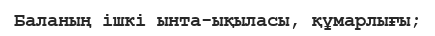
Баланың ішкі ынта-ықыласы, құмарлығы;